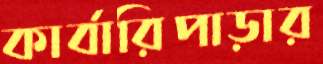
কার্বারিপাড়ার